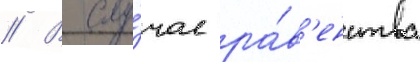
// В слу́чае ра́в'енства